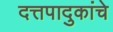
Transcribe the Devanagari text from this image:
दत्तपादुकांचे